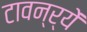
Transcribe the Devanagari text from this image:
टावन्र्यें